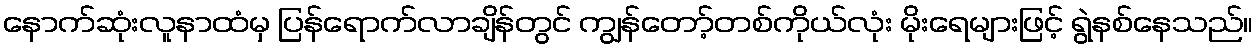
နောက်ဆုံးလူနာထံမှ ပြန်ရောက်လာချိန်တွင် ကျွန်တော့်တစ်ကိုယ်လုံး မိုးရေများဖြင့် ရွဲနစ်နေသည်။